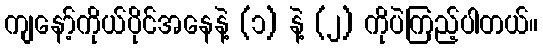
ကျနော့်ကိုယ်ပိုင်အနေနဲ့ (၁) နဲ့ (၂) ကိုပဲကြည့်ပါတယ်။